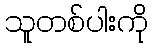
သူတစ်ပါးကို